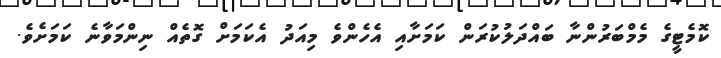
ކޮމެޓީގެ މެމްބަރުންނާ ބައްދަލުކުރަން ކަމަށާއި އެހެންވެ މިއަދު އެކަމަށް ގޮތެއް ނިންމަވާނެ ކަމަށެވެ.